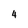
Character: 4